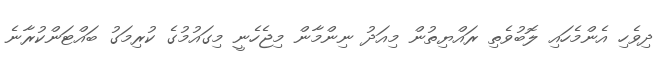
ދިވެހި އެންމެހައި ލޮބުވެތި ރައްޔިތުން މިއަދު ނިންމާން މިޖެހެނީ މިގައުމުގެ ކުރިމަގު ބައްޓަންކުރާނެ